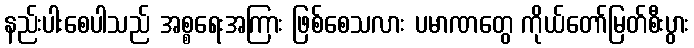
နည်းပါးစေပါသည် အစ္စရေးအကြား ဖြစ်စေသလား ပမာဏတွေ ကိုယ်တော်မြတ်စီးပွား